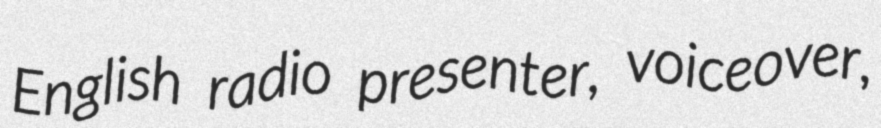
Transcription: English radio presenter, voiceover,